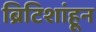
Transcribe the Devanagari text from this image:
ब्रिटिशांहून